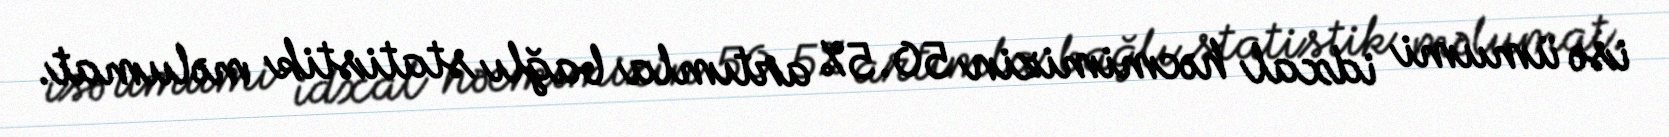
isə ümumi idxal həcmimizin 50.5% artımla bağlı statistik məlumat.